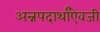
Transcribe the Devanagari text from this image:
अन्नपदार्थांऐवजी